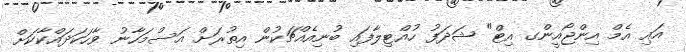
އައި އެމް އިންޖޯއީންގ އިޓް" ޝަދަފު ހުއްޓިލާފައި ބުނިއެއްޗަކުން އިތުރަށް އަސްމަހާނު ވާހަކަދައްކާކަށް